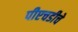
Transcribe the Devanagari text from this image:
पीएचडीचे